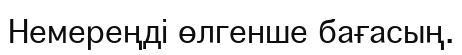
Немереңді өлгенше бағасың.